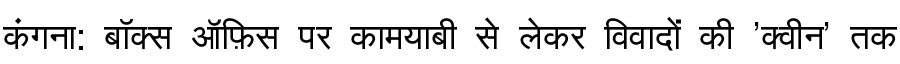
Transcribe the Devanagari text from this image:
कंगना: बॉक्स ऑफ़िस पर कामयाबी से लेकर विवादों की 'क्वीन' तक